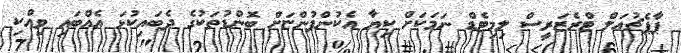
ޕާޕެޗުއަލް ޓްރެޒަރީސް ލިމިޓެޑް ނަމަކަށް ކިޔާ އެކުންފުންޏަށް ބޮންޑުތަކުގެ ދެބައިކުޅަ އެއްބައި ވިއްކި